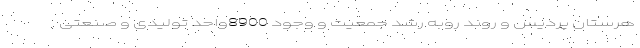
هرستان پردیس و روند روبه رشد جمعیت و وجود 8900واحد تولیدی و صنعتی